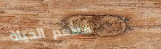
مطعم الحياة